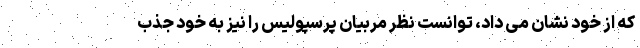
که از خود نشان می داد، توانست نظر مربیان پرسپولیس را نیز به خود جذب